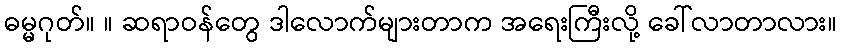
ဓမ္မဂုတ်။ ။ ဆရာဝန်တွေ ဒါလောက်များတာက အရေးကြီးလို့ ခေါ်လာတာလား။